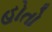
હોતો